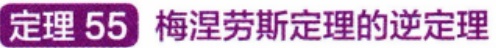
定理 55 梅涅劳斯定理的逆定理